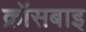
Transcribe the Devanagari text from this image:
क्रॉसबाइ